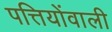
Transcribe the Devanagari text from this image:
पत्तियोंवाली